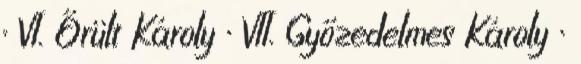
· VI. Őrült Károly · VII. Győzedelmes Károly ·